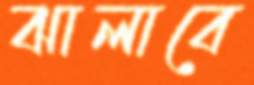
ঝালাবে